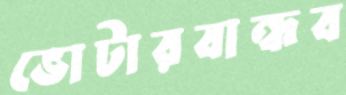
ভোটারবান্ধব